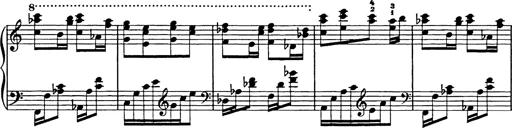
Title: Galop in A minor
Composer: Franz Liszt
Key: A minor